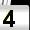
Digit: 4